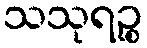
သသုရဉ္စ